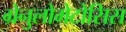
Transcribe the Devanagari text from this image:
ग्रेनुलोमेटोसिस